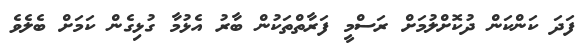
ފަދަ ކަންކަން ދުކޮށްލުމަށް ރަސްމީ ފަރާތްތަކުން ބާރު އެޅުމާ ގުޅިގެން ކަމަށް ބެލެވެ